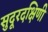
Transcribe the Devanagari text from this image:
सुदूरदक्षिणी